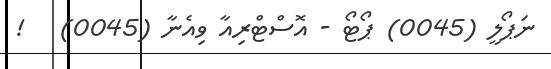
ނަޕޯލީ (0045) ޕޯޓޯ - އޮސްޓްރިއާ ވިއެނާ (0045)   !